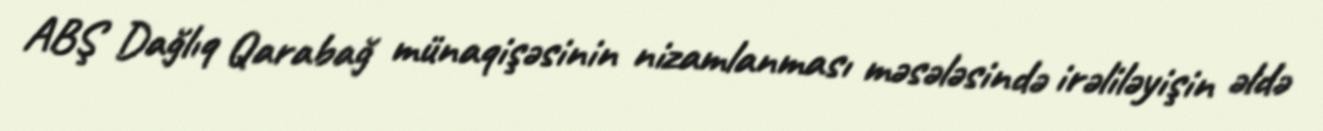
ABŞ Dağlıq Qarabağ münaqişəsinin nizamlanması məsələsində irəliləyişin əldə